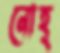
নোহ্